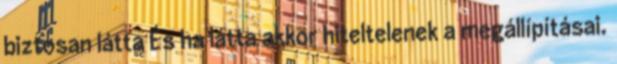
biztosan látta És ha látta akkor hiteltelenek a megállípításai.